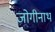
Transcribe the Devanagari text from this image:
जोगीनाथ